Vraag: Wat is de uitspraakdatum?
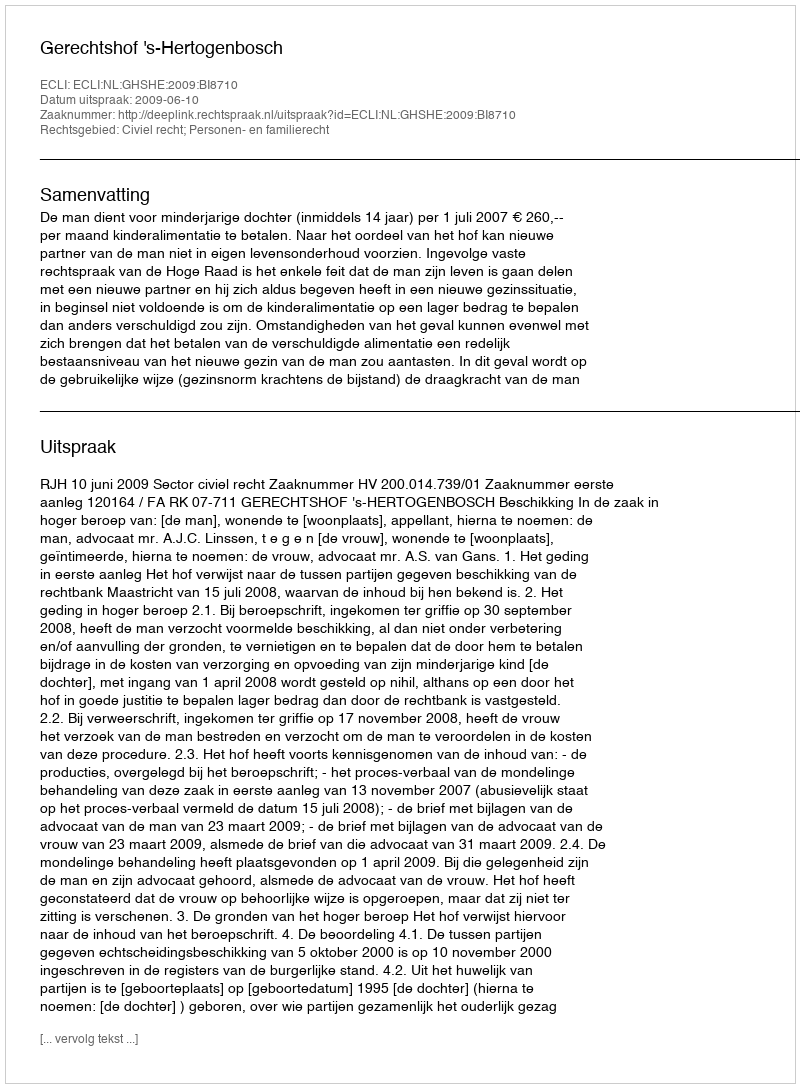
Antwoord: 2009-06-10